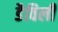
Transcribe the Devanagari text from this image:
डैविली